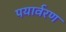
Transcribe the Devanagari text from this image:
पयार्वरण